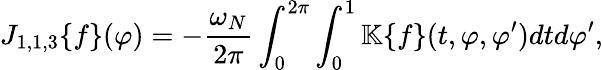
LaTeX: J_{1,1,3}\{ f\} (\varphi)=-\frac{\omega_{N}}{2\pi}\int_{0}^{2\pi}\int_{0}^{1}\mathbb{K}\{ f\} (t,\varphi,\varphi^{\prime})dtd\varphi^{\prime},